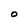
Character: O